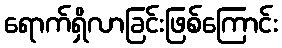
ရောက်ရှိလာခြင်းဖြစ်ကြောင်း